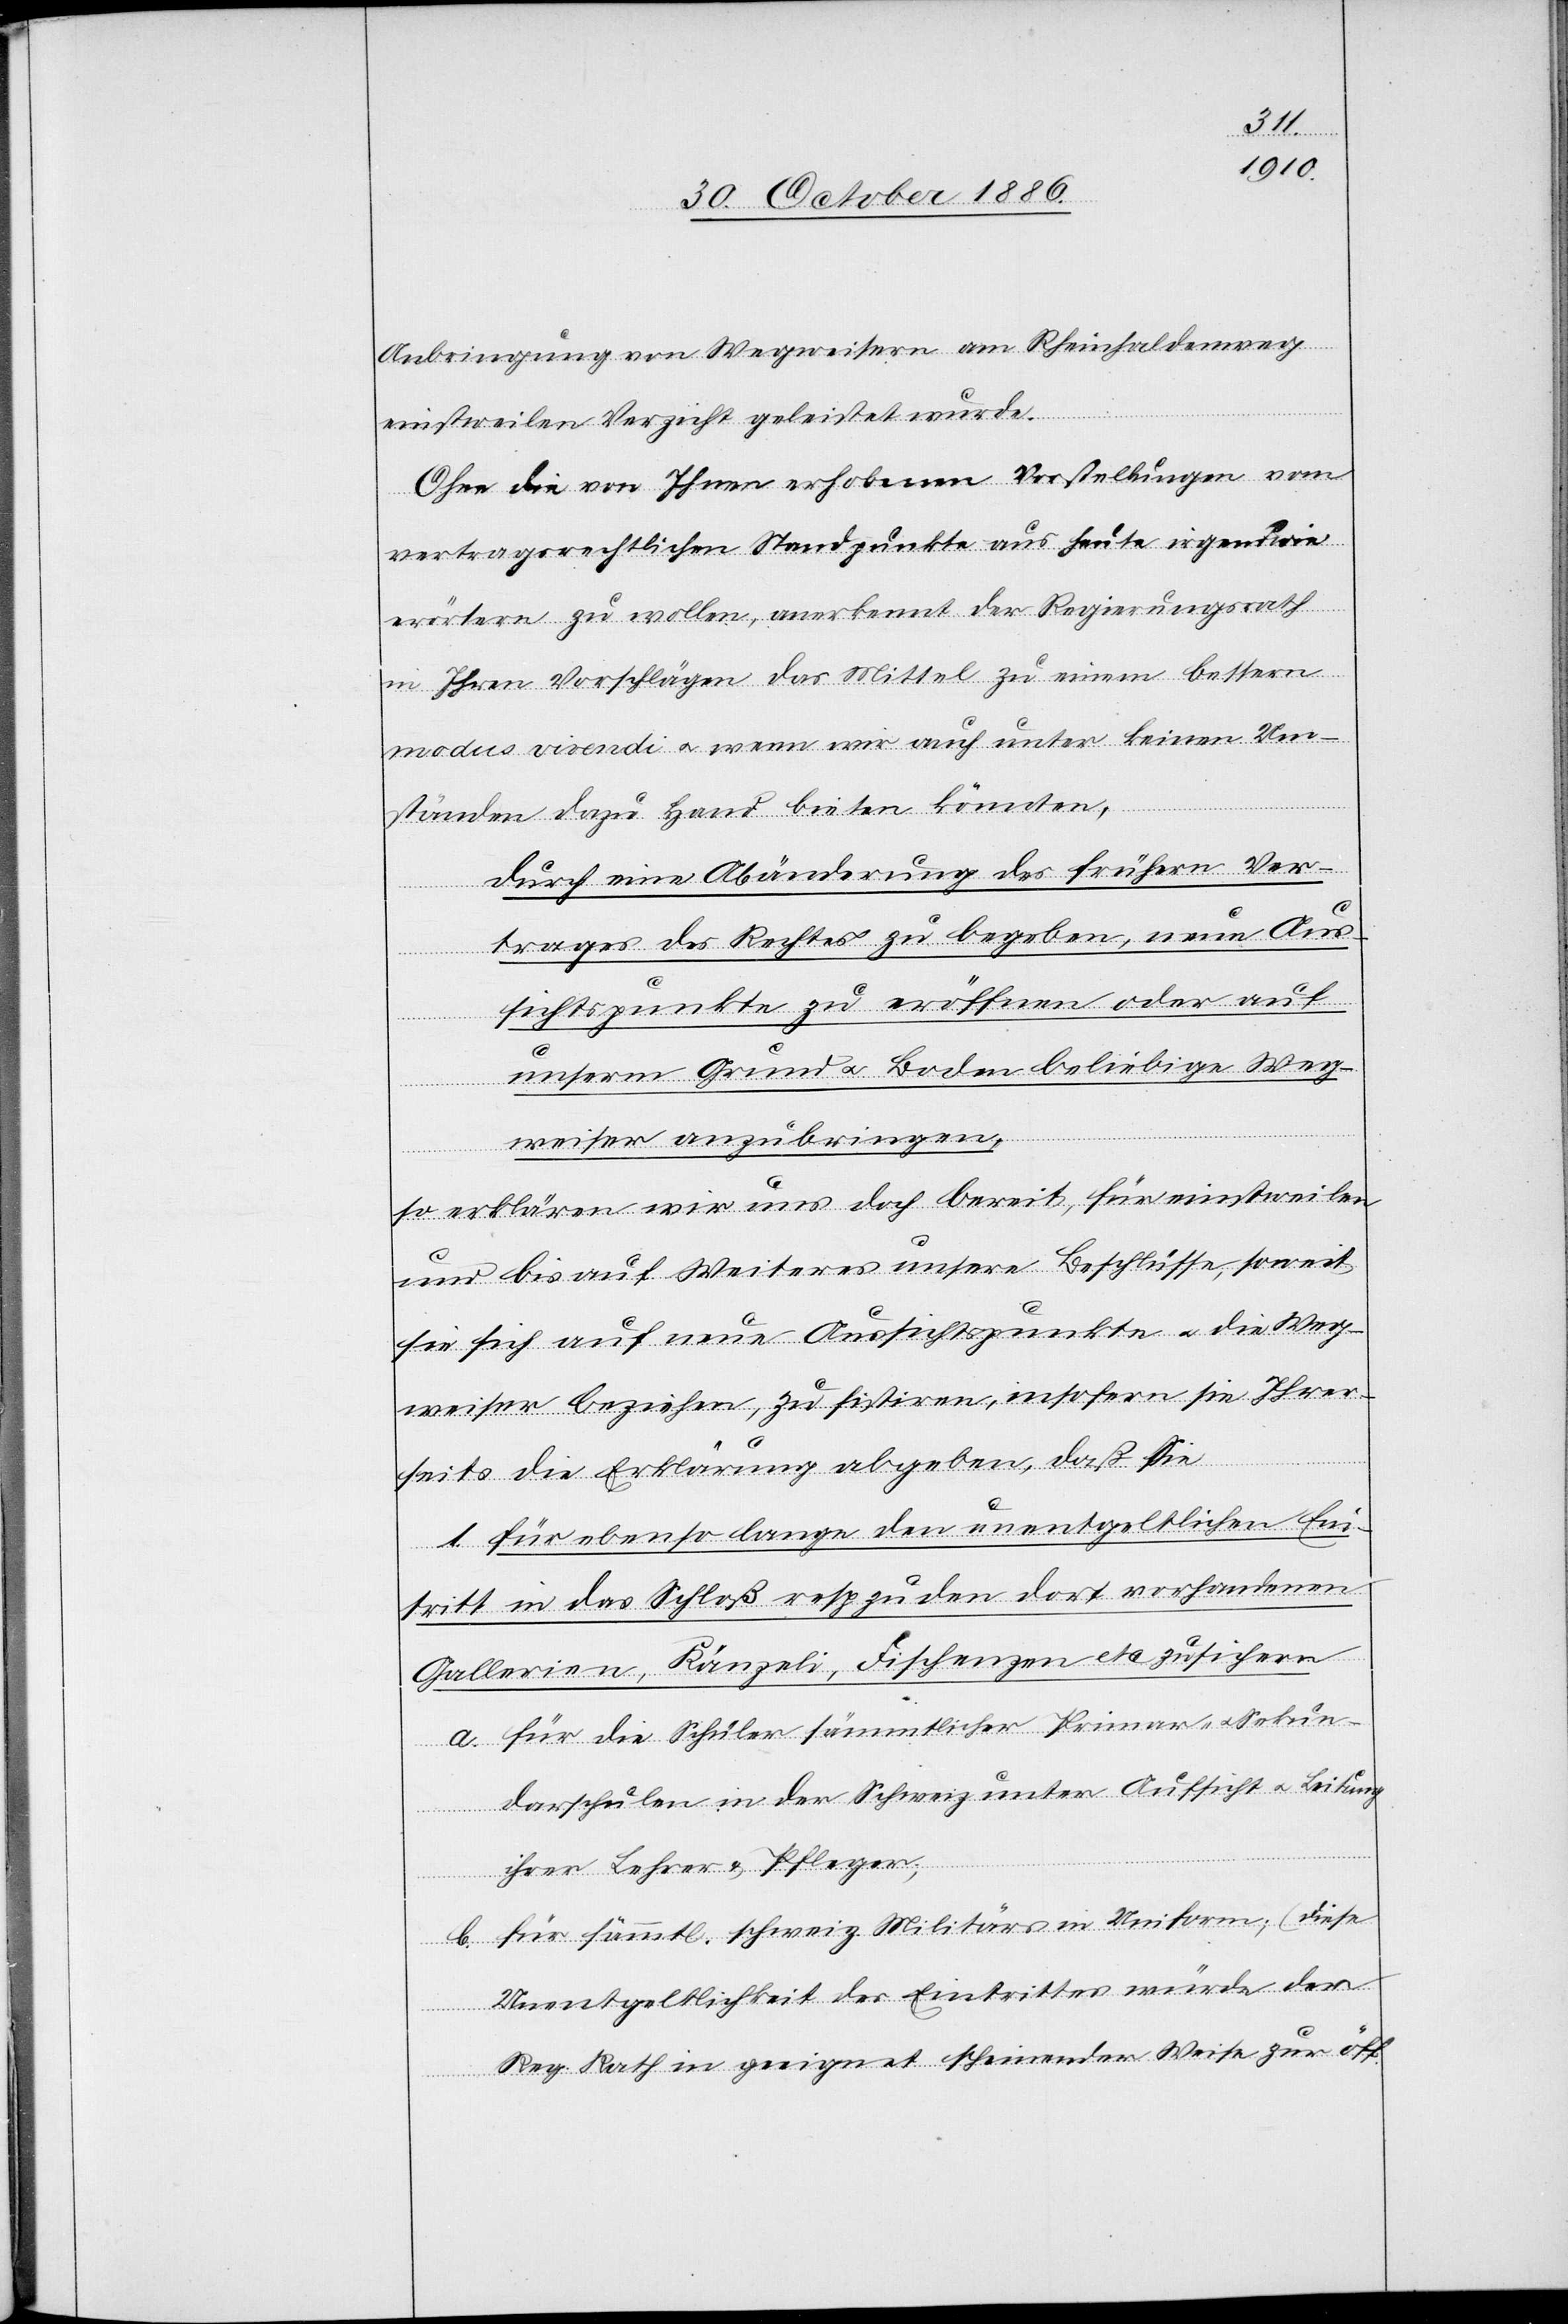
Anbringung von Wegweisern am Rheinhaldenweg
einstweilen Verzicht geleistet wurde.
Ohne die von Ihnen erhobenen Vorstellungen vom
vertragsrechtlichen Standpunkte aus heute irgendwie
erörtern zu wollen, anerkennt der Regierungsrath
in Ihren Vorschlägen das Mittel zu einem bessern
modus vivendi & wenn wir auch unter keinen Um¬
ständen dazu Hand bieten könnten,
durch eine Abänderung des frühern Ver¬
trages des Rechtes zu begeben, neue Aus¬
sichtspunkte zu eröffnen oder auf
unserm Grund & Boden beliebige Weg¬
weiser anzubringen,
so erklären wir uns doch bereit, für einstweilen
und bis auf Weiteres unsere Beschlüsse, soweit
sie sich auf neue Aussichtspunkte & die Weg¬
weiser beziehen, zu sistiren, insofern sie Ihrer¬
seits die Erklärung abgeben, daß Sie
1. für ebenso lange den unentgeltlichen Ein¬
tritt in das Schloß resp. zu den dort vorhandenen
Gallerien, Känzeli, Fischenzen etc. zu sichern
a. für die Schüler sämmtlicher Primar- & Sekun¬
darschulen in der Schweiz unter Aufsicht & Leitung
ihrer Lehrer & Pfleger;
b. für sämmtl. schweiz. Militärs in Uniform; (diese
Unentgeltlichkeit des Eintrittes würde der
Reg. Rath in geeignet scheinender Weise zur öff.